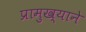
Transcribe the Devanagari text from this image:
प्रामुख्‍याने